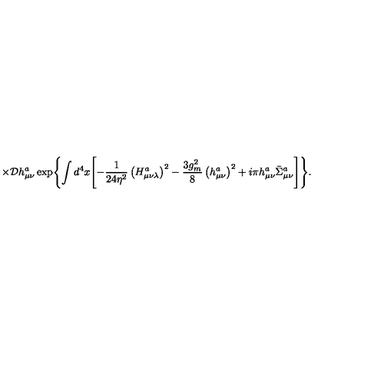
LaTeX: \times { \cal D } h _ { \mu \nu } ^ { a } \exp \Biggl \{ \int d ^ { 4 } x \Biggl [ - \frac { 1 } { 2 4 \eta ^ { 2 } } \left( H _ { \mu \nu \lambda } ^ { a } \right) ^ { 2 } - \frac { 3 g _ { m } ^ { 2 } } { 8 } \left( h _ { \mu \nu } ^ { a } \right) ^ { 2 } + i \pi h _ { \mu \nu } ^ { a } \bar { \Sigma } _ { \mu \nu } ^ { a } \Biggr ] \Biggr \} .